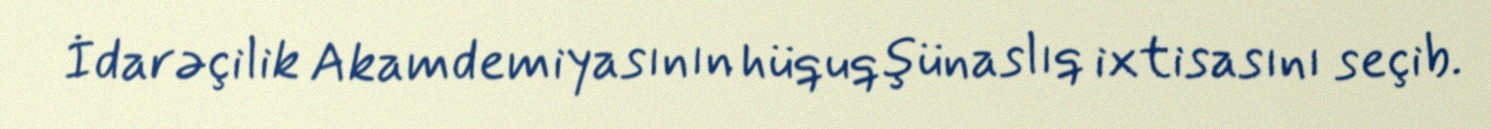
İdarəçilik Akamdemiyasının hüquqşünaslıq ixtisasını seçib.